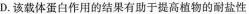
D.该载体蛋白作用的结果有助于提高植物的耐盐性